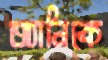
অ্যানিকে